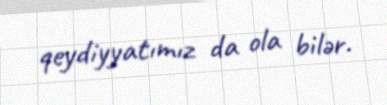
qeydiyyatımız da ola bilər.